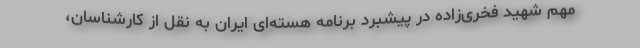
مهم شهید فخری‌زاده در پیشبرد برنامه هسته‌ای ایران به نقل از کارشناسان،